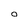
Character: O